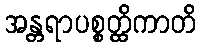
အန္တရာပစ္စတ္ထိကာတိ